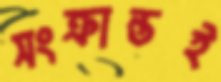
সংক্রান্তই